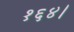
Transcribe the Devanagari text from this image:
१६४।